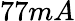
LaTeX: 77mA